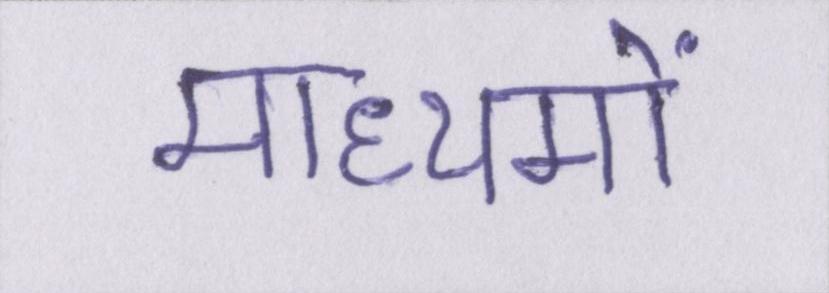
माध्यमों